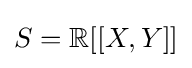
S=\mathbb {R} [[X,Y]]